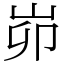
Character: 峁